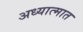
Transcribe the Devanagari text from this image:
अध्यात्मात